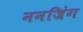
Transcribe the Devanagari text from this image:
ननजिंग